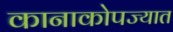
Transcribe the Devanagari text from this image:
कानाकोपज्यात